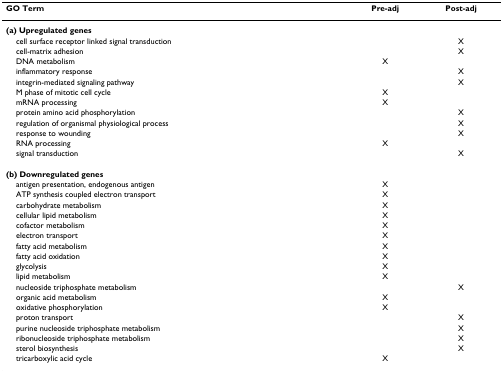
<table><thead><tr><td><b>GO Term</b></td><td><b>Pre-adj</b></td><td><b>Post-adj</b></td></tr></thead><tbody><tr><td><b>(a) Upregulated genes</b></td><td></td><td></td></tr><tr><td> cell surface receptor linked signal transduction</td><td></td><td>X</td></tr><tr><td> cell-matrix adhesion</td><td></td><td>X</td></tr><tr><td> DNA metabolism</td><td>X</td><td></td></tr><tr><td> inflammatory response</td><td></td><td>X</td></tr><tr><td> integrin-mediated signaling pathway</td><td></td><td>X</td></tr><tr><td> M phase of mitotic cell cycle</td><td>X</td><td></td></tr><tr><td> mRNA processing</td><td>X</td><td></td></tr><tr><td> protein amino acid phosphorylation</td><td></td><td>X</td></tr><tr><td> regulation of organismal physiological process</td><td></td><td>X</td></tr><tr><td> response to wounding</td><td></td><td>X</td></tr><tr><td> RNA processing</td><td>X</td><td></td></tr><tr><td> signal transduction</td><td></td><td>X</td></tr><tr><td><b>(b) Downregulated genes</b></td><td></td><td></td></tr><tr><td> antigen presentation, endogenous antigen</td><td>X</td><td></td></tr><tr><td> ATP synthesis coupled electron transport</td><td>X</td><td></td></tr><tr><td> carbohydrate metabolism</td><td>X</td><td></td></tr><tr><td> cellular lipid metabolism</td><td>X</td><td></td></tr><tr><td> cofactor metabolism</td><td>X</td><td></td></tr><tr><td> electron transport</td><td>X</td><td></td></tr><tr><td> fatty acid metabolism</td><td>X</td><td></td></tr><tr><td> fatty acid oxidation</td><td>X</td><td></td></tr><tr><td> glycolysis</td><td>X</td><td></td></tr><tr><td> lipid metabolism</td><td>X</td><td></td></tr><tr><td> nucleoside triphosphate metabolism</td><td></td><td>X</td></tr><tr><td> organic acid metabolism</td><td>X</td><td></td></tr><tr><td> oxidative phosphorylation</td><td>X</td><td></td></tr><tr><td> proton transport</td><td></td><td>X</td></tr><tr><td> purine nucleoside triphosphate metabolism</td><td></td><td>X</td></tr><tr><td> ribonucleoside triphosphate metabolism</td><td></td><td>X</td></tr><tr><td> sterol biosynthesis</td><td></td><td>X</td></tr><tr><td> tricarboxylic acid cycle</td><td>X</td><td></td></tr></tbody></table>